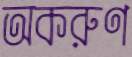
অকরুণ